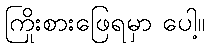
ကြိုးစားဖြေရမှာ ပေါ့။